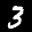
Label: 3